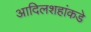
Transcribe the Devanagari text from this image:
आदिलशहांकडे